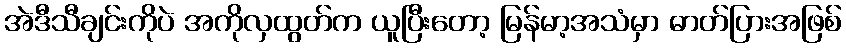
အဲဒီသီချင်းကိုပဲ အကိုလှထွတ်က ယူပြီးတော့ မြန်မာ့အသံမှာ ဓာတ်ပြားအဖြစ်